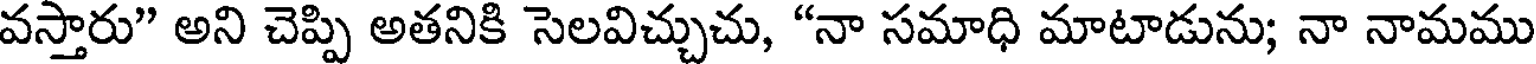
వస్తారు" అని చెప్పి అతనికి సెలవిచ్చుచు, "నా సమాధి మాటాడును; నా నామము